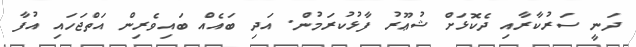
ދަނީ ސަރުކާރާއި ދެކޮޅަށް ޝުޢޫރު ފާޅުކުރަމުން. އަދި ބައެއް ބައިވެރިން އަތްޖަހައި އުފާ